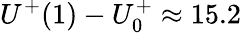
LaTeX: U^{+}(1)-U_{0}^{+}\approx 15.2